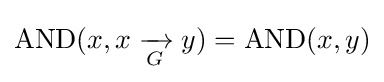
{\text{AND}}(x,x\mathrel {\xrightarrow[{G}]{}} y)={\text{AND}}(x,y)